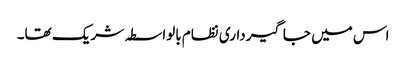
اس میں جاگیرداری نظام بالواسطہ شریک تھا۔